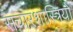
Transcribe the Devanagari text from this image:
संचारशास्त्रियों